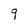
Character: 9